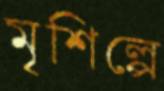
মৃশিল্পে